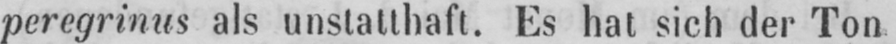
peregrinus als unstatthaft. Es hat sich der Ton